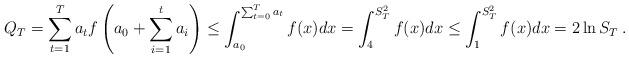
LaTeX: \begin{align*}Q_T= \sum_{t=1}^T a_t f\left(a_0 + \sum_{i=1}^{t} a_i\right)\le \int_{a_0}^{\sum_{t=0}^T a_t} f(x) dx= \int_4^{S_T^2} f(x) dx\le \int_1^{S_T^2} f(x) dx= 2 \ln S_T \: .\end{align*}